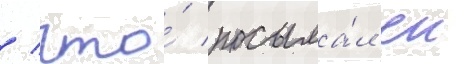
/ что́ посыла́л еи